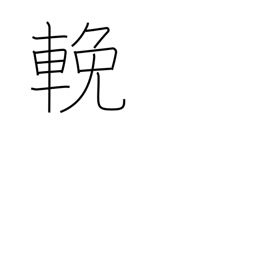
Meaning: pull